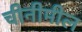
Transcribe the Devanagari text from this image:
चीनीमील